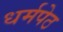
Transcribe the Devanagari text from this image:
धर्मपेठ